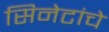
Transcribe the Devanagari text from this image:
सिनेटांचे